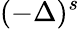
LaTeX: (-\Delta)^{s}